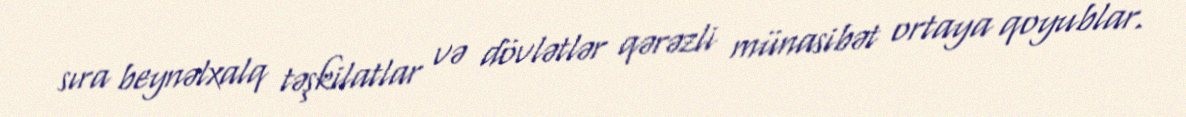
sıra beynəlxalq təşkilatlar və dövlətlər qərəzli münasibət ortaya qoyublar.